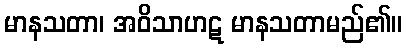
မာနသတာ၊ အဝိသာဟဋ မာနသတာမည်၏။